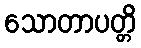
သောတာပတ္တိ